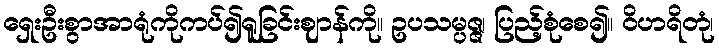
ရှေးဦးစွာအာရုံကိုကပ်၍ရူခြင်းဈာန်ကို။ ဥပသမ္ပဇ္ဇ၊ ပြည့်စုံစေ၍။ ဝိဟရိတုံ၊